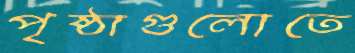
পৃষ্ঠাগুলোতে